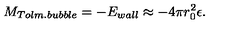
M _ { T o l m . b u b b l e } = - E _ { w a l l } \approx - 4 \pi r _ { 0 } ^ { 2 } \epsilon .